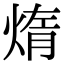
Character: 𤌃